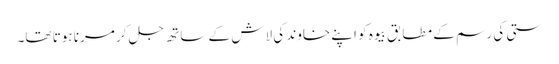
ستی کی رسم کے مطابق بیوہ کو اپنے خاوند کی لاش کے ساتھ جل کر مرنا ہوتا تھا۔